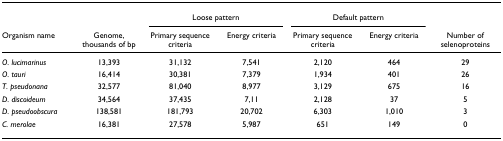
<table><thead><tr><td></td><td></td><td colspan="2"><b>Loose pattern</b></td><td colspan="2"><b>Default pattern</b></td><td></td></tr><tr><td><b>Organism name</b></td><td><b>Genome, thousands of bp</b></td><td><b>Primary sequence criteria</b></td><td><b>Energy criteria</b></td><td><b>Primary sequence criteria</b></td><td><b>Energy criteria</b></td><td><b>Number of selenoproteins</b></td></tr></thead><tbody><tr><td><i>O. lucimarinus</i></td><td>13,393</td><td>31,132</td><td>7,541</td><td>2,120</td><td>464</td><td>29</td></tr><tr><td><i>O. tauri</i></td><td>16,414</td><td>30,381</td><td>7,379</td><td>1,934</td><td>401</td><td>26</td></tr><tr><td><i>T. pseudonana</i></td><td>32,577</td><td>81,040</td><td>8,977</td><td>3,129</td><td>675</td><td>16</td></tr><tr><td><i>D. discoideum</i></td><td>34,564</td><td>37,435</td><td>7,11</td><td>2,128</td><td>37</td><td>5</td></tr><tr><td><i>D. pseudoobscura</i></td><td>138,581</td><td>181,793</td><td>20,702</td><td>6,303</td><td>1,010</td><td>3</td></tr><tr><td><i>C. merolae</i></td><td>16,381</td><td>27,578</td><td>5,987</td><td>651</td><td>149</td><td>0</td></tr></tbody></table>